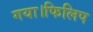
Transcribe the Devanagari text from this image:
गया।फिलिप